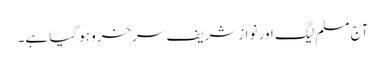
آج مسلم لیگ اور نوازشریف سرخرو ہوگیا ہے۔